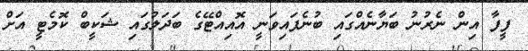
ފީފާ އިން ނެރުނު ބަޔާނެއްގައި ބުނެފައިވަނީ އޮއިއްޓޭގެ ބަަދަލުގައި ޝަކީބް ކޮމެޓީ އަށް